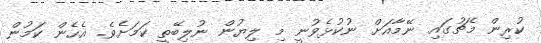
ކުރިން މެޗުގައި ނޭމާއަށް ނުކުޅެވުނީ މި ލިޔުން ނުލިބޭތީ ކަމަށެވެ. އެހެން ކަމުން